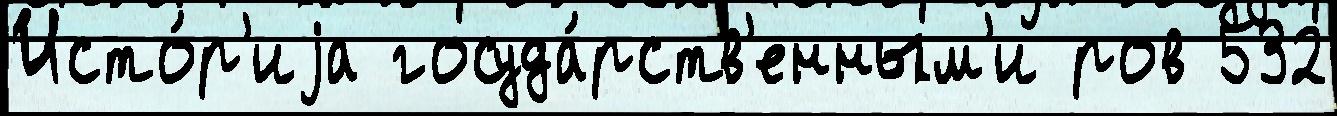
Исто́р'иjа госуда́рств'енным'и ров 532